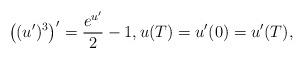
LaTeX: \begin{align*}\left((u')^{3}\right)' = \frac{e^{u'}}{2} -1, u(T)=u'(0)=u'(T),\end{align*}